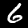
Label: 6